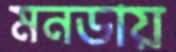
মনডায়